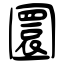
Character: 圜